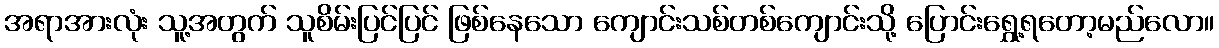
အရာအားလုံး သူ့အတွက် သူစိမ်းပြင်ပြင် ဖြစ်နေသော ကျောင်းသစ်တစ်ကျောင်းသို့ ပြောင်းရွှေ့ရတော့မည်လော။